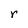
Character: r